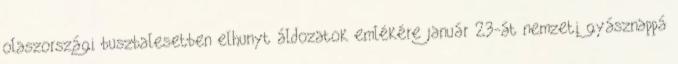
olaszországi buszbalesetben elhunyt áldozatok emlékére január 23-át nemzeti gyásznappá